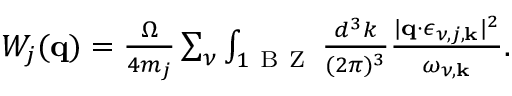
\begin{array} { r } { W _ { j } ( \mathbf { q } ) = \frac { \Omega } { 4 m _ { j } } \sum _ { \nu } \int _ { 1 \mathrm { ~ B ~ Z ~ } } \frac { d ^ { 3 } k } { ( 2 \pi ) ^ { 3 } } \frac { | \mathbf { q } \cdot \boldsymbol { \epsilon } _ { \nu , j , \mathbf { k } } | ^ { 2 } } { \omega _ { \nu , \mathbf { k } } } . } \end{array}